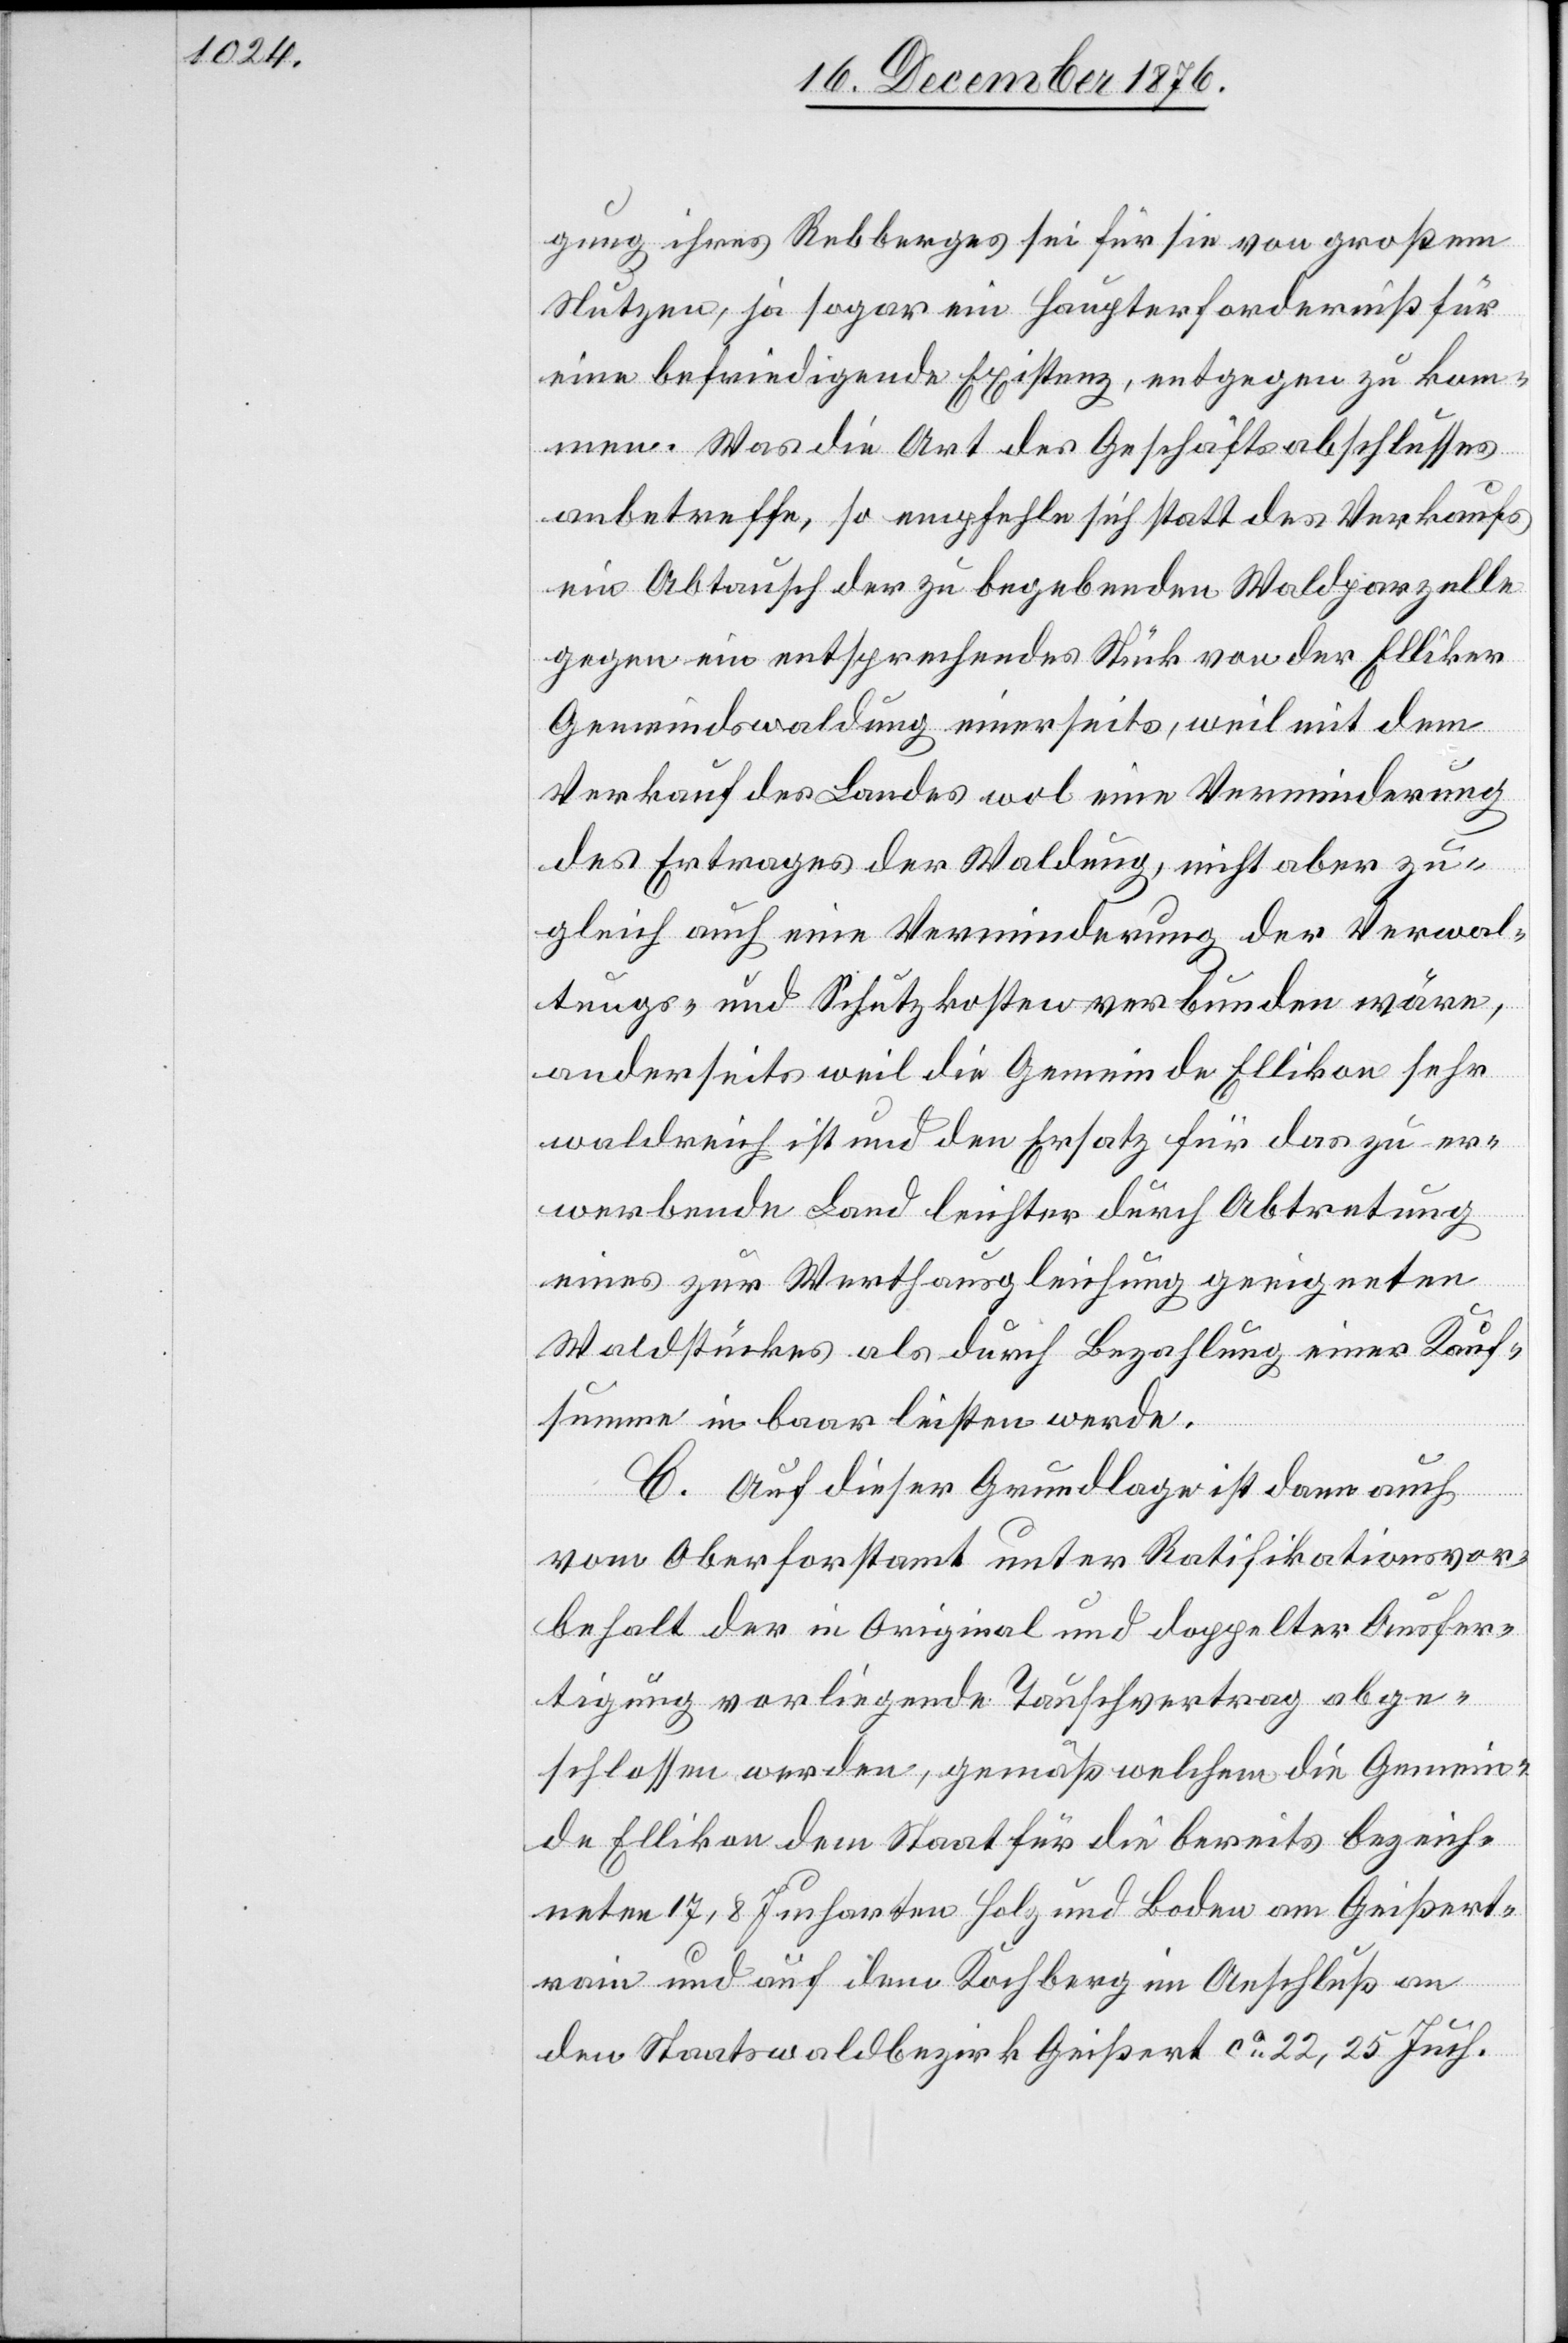
gung ihres Rebberges sei für sie von großem
Nutzen, ja sogar ein Haupterforderniß für
eine befriedigende Existenz, entgegen zu kom¬
men. Was die Art des Geschäftsabschlusses
anbetreffe, so empfehle sich statt des Verkaufs
ein Abtausch der zu begebenden Waldparzelle
gegen ein entsprechendes Stück von der Elliker
Gemeindswaldung einerseits, weil mit dem
Verkauf des Landes wol eine Verminderung
des Ertrages der Waldung, nicht aber zu¬
gleich auch eine Verminderung der Verwal¬
tungs- und Schutzkosten verbunden wäre,
anderseits weil die Gemeinde Ellikon sehr
waldreich ist und den Ersatz für das zu er¬
werbende Land leichter durch Abtretung
eines zur Werthausgleichung geeigneten
Waldstückes als durch Bezahlung einer Kauf¬
summe in baar leisten werden.
C. Auf dieser Grundlage ist dann auch
vom Oberforstamt unter Ratifikationsvor¬
behalt der in Original und doppelter Ausfer¬
tigung vorliegende Tauschvertrag abge¬
schlossen werden [recte: worden], gemäß welchem die Gemein¬
de Ellikon dem Staat für die bereits bezeich¬
neten 17,8 Jucharten Holz und Boden am Geißert¬
rain und auf dem Kochberg im Anschluß an
den Staatswaldbezirk Geißert ca 22,25 Juch.